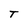
Character: T